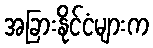
အခြားနိုင်ငံများက